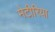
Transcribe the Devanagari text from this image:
मेटीरिया